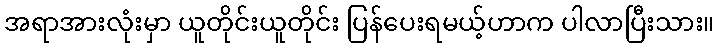
အရာအားလုံးမှာ ယူတိုင်းယူတိုင်း ပြန်ပေးရမယ့်ဟာက ပါလာပြီးသား။